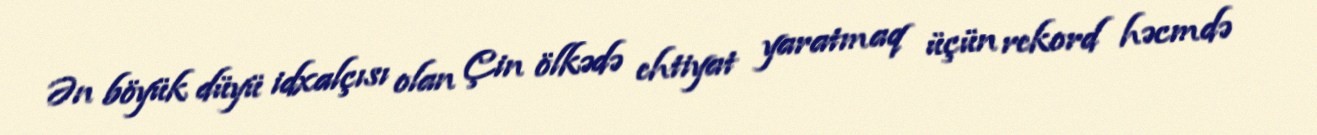
Ən böyük düyü idxalçısı olan Çin ölkədə ehtiyat yaratmaq üçün rekord həcmdə